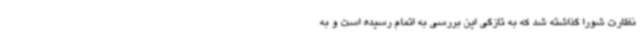
نظارت شورا گذاشته شد که به تازگی این بررسی به اتمام رسیده است و به